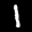
Label: 1